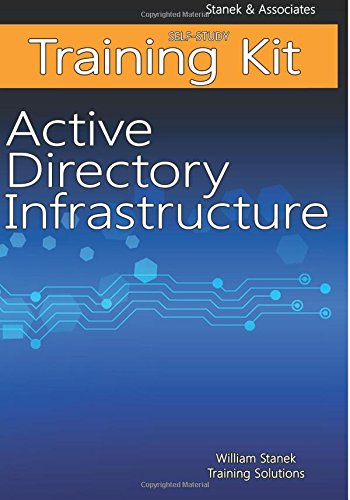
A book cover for Active Directory Infrastructure Self-Study Training Kit: Stanek & Associates Training Solutions; William Stanek Training Solutions; Computers & Technology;